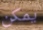
يمكن